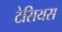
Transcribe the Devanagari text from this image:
टेसियस